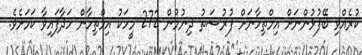
ކުރެއްވި ބޭފުޅުންނަށް އިމްތިހާނަށް ފުރުސަތު ދިނުމުން 272 މީހަކު އިމްތިހާން ހަދާފައިވާ ކަމަށެވެ.